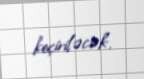
keçiriləcək.